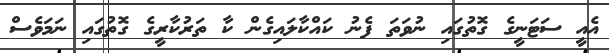
އެއީ ސަޓަނީގެ ގޮތުގައި ނުވަތަ ފެނު ކައްކާލައިގެން ކާ ތަރުކާރީގެ ގޮތުގައި ނަމަވެސް